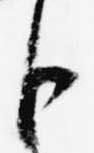
臣